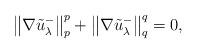
LaTeX: \begin{align*}\left\|\nabla \tilde{u}^-_\lambda\right\|_p^p +\left\|\nabla \tilde{u}_\lambda^-\right\|_q^q =0, \end{align*}